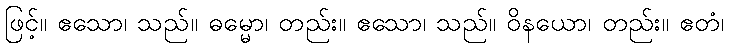
ဖြင့်။ ဧသော၊ သည်။ ဓမ္မော၊ တည်း။ ဧသော၊ သည်။ ဝိနယော၊ တည်း။ ဧတံ၊